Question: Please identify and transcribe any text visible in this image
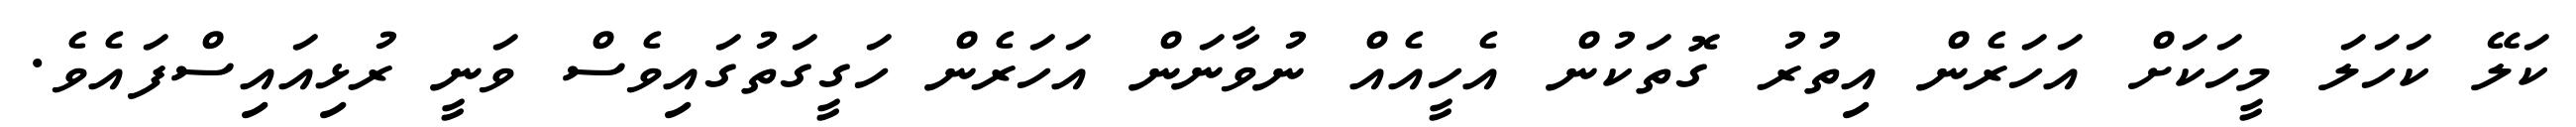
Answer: ކަލޭ ކަހަލަ މީހަކަށް އަހަރެން އިތުރު ގޮތަކުން އެހީއެއް ނުވާނަން އަހަރެން ހަގީގަތުގައިވެސް ވަނީ ރުޅިއައިސްފައެވެ.